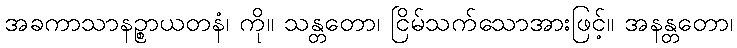
အခကာသာနဉ္စာယတနံ၊ ကို။ သန္တတော၊ ငြိမ်သက်သောအားဖြင့်။ အနန္တတော၊